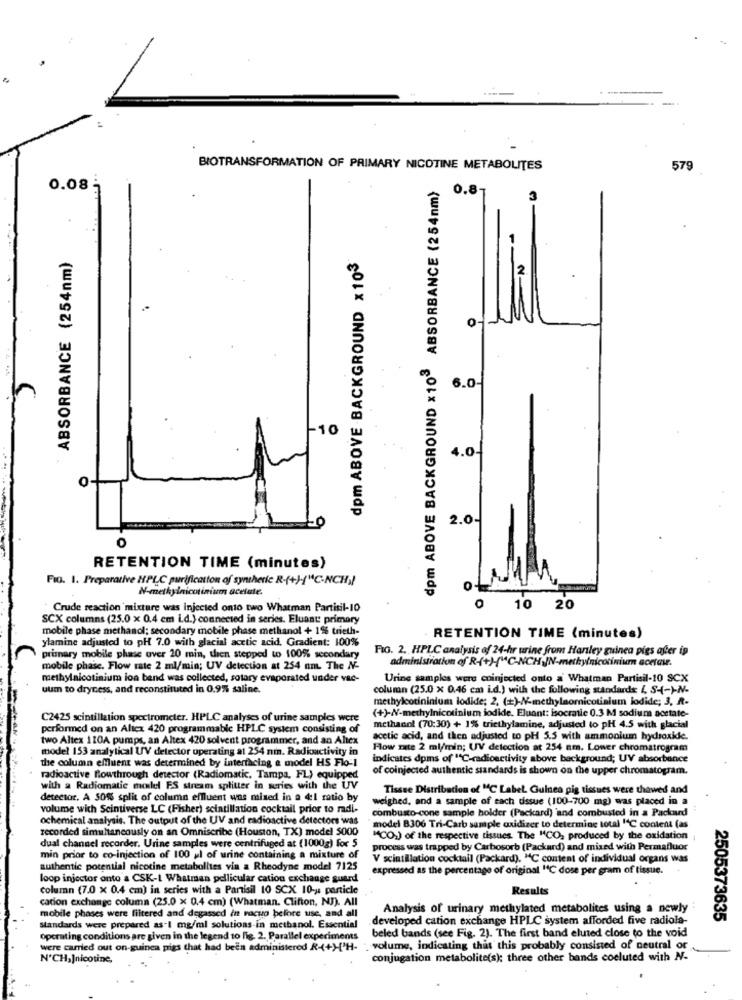
BIOTRANSFORMATION OF PRIMARY NICOTINE METABOLITES
579
dpm ABOVE BACKGROUND x103 ABSORBANCE (254nm)
0.08
0.8
dpm ABOVE BACKGROUND x 103
ABSORBANCE (254nm)
6.0-
-10
4.0-
O
2.0
0
RETENTION TIME (minutes)
Fig. 1. Preparative HPLC purification of synthetic R-(+){"C-NCH))
N-methylnicotinium acetate.
Crude reaction mixture was injected onto two Whatman Partisil-10
10 20
SCX columns (25.0 x 0.4 cm i.d.) connected in series. Eluant: primary
mobile phase methanol; secondary mobile phase methanol + 1% trieth-
ylamine adjusted to pH 7.0 with glacial acetic acid. Gradient: 100%
RETENTION TIME (minutes)
FIG. 2. HPLC analysis of 24-hr urine from Harley guinea pigs after ip
primary mobile phase over 20 min, then stepped to 100% secondary
administration of R-(+)"AC-NCH IN-methynicotinium acetas.
mobile phase. Flow rate 2 ml/min; UV detection at 254 nm. The NV-
methylnicotinium ion bend was collected, sotary evaporated under vac-
Urine samples were coinjected onto a Whatman Partisil-10 SCX
uum to dryness, and reconstituted in 0.9% saline.
column (25.0 x 0.46 cm i.d.) with the following standards ( S-(-)-N-
methylcotininium iodide; 2. (#)-N-methylaomnicotinium lodide; 3, R-
C2425 scintillation spectrometer. HPLC analyses of urine samples were
(+)-W-methylnicotinium iodide. Eluant: isocratie 0.3 M sodium acetate-
performed on an Altex 420 programmable HPLC system consisting of
methanol (70:30) + 1% triethylamine, adjusted to pH 4.5 with glacial
two Altex 110A pumps, an Altex 420 solvent programmer, and an Ahex
acetic acid, and then adjusted to pH 5.5 with ammonium hydroxide.
model 153 analytical UV detector operating at 254 nm. Radimctivity in
Flow rate 2 ml/min; UV detection at 254 am. Lower chromatrogram
the column effluent was determined by interfacing & model HS Flo-1
indicates doms of "C-radioactivity above background; UV absorbance
of coinjected authentic standards is shown on the upper chromatogram.
radioactive Rowthrough detector (Radiomatic, Tampa, FL) equipped
with a Radiomatic model FS stream splitter in series with the UV
Tissue Distribution of MC Label. Guinea pig tissues were thawed and
detector. A 50% split of column effluent was mixed in a 4:1 ratio by
weighed, and a sample of each tissue (100-700 mg) was placed in a
volume with Scintiverse LC (Fisher) sciatillation cocktail prior to radi-
combusto-cone sample holder (Packard) and combusted in a Packard
ochemical analysis. The output of the UV and radioactive detectors was
recorded simultaneously on an Omniscribe (Houston, TX) model 5000
model B306 Tri-Carb sample oxidizer to determine total 1℃ content (as
"CO,) of the respective tissues. The "CO, produced by the oxidation
dual channel recorder. Urine samples were centrifuged at (1000g) for 5
process was trapped by Carbosorb (Packard) and mixed with Permafluor
min prior to co-injection of 100 ul of urine containing a mixture of
V scintillation cocktail (Packard). "C content of individual organs was
authentic potential nicotine metabolites vin a Rheodyne model 7125
expressed as the percentage of original "C dose per gram of tissue.
loop injector onto a CSK-1 Whatman pellicular cation exchange guard
column (7.0 x 0.4 cm) in series with a Partisil 10 SCX 10 -;: particle
Results
cadion exchange column (25.0 x 0.4 cm) (Whatman. Clifton, NJ). All
Analysis of urinary methylated metabolites using a newly
mobile phases were filtered and degassed in vacuo before use, and all
developed cation exchange HPLC system afforded five radiola-
2505373635
Standards were prepared as-1 mg/ml solutions-in methanol. Essential
beled bands (see Fig. 2). The first band eluted close to the void
Operating conditions are given in the legend to fig. 2. Parallel experiments
were carried out on-guinea pigs that had been administered R-(+)['H- ' volume, indicating that this probably consisted of neutral or
N'CH,]nicotine,
conjugation metabolite(s); three other bands coeluted with N-